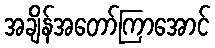
အချိန်အတော်ကြာအောင်